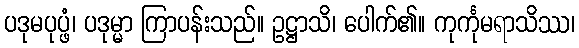
ပဒုမပုပ္ဖံ၊ ပဒုမ္မာ ကြာပန်းသည်။ ဥဋ္ဌာသိ၊ ပေါက်၏။ ကုင်္ကုမရာသိဿ၊